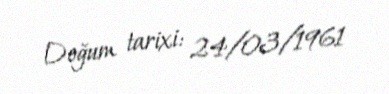
Doğum tarixi: 24/03/1961